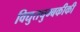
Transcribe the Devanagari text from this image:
विद्युतचुम्बकीकी